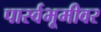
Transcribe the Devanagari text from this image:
पार्स्वभूमीवर